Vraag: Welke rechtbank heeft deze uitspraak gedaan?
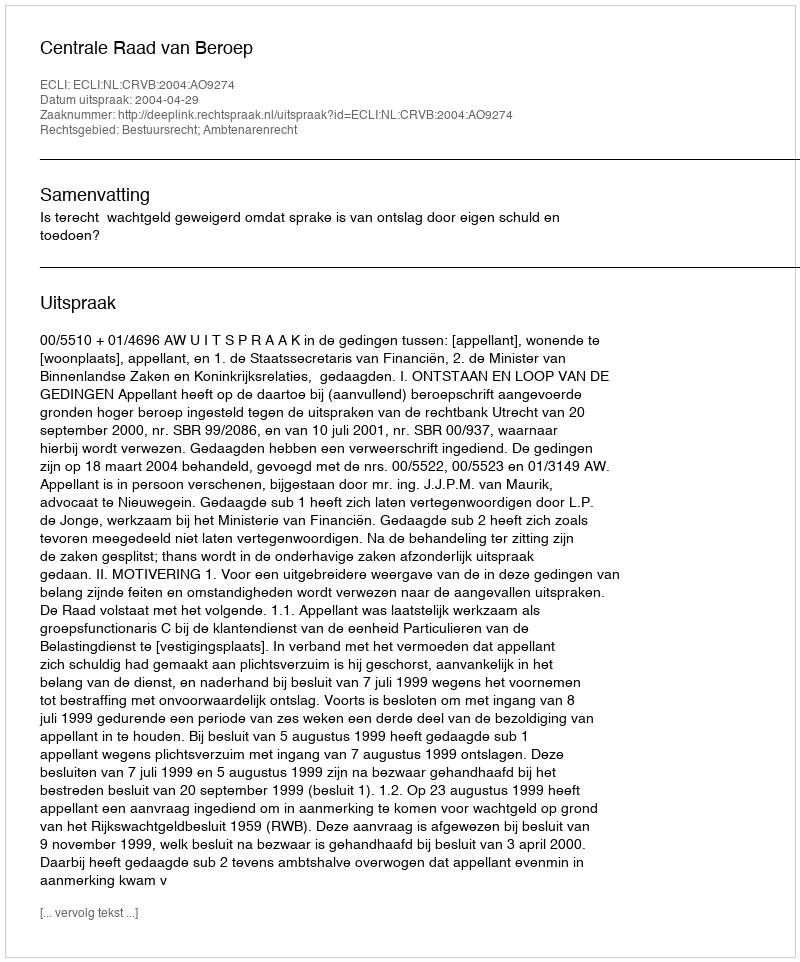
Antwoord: Centrale Raad van Beroep